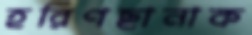
হরিণছানাক